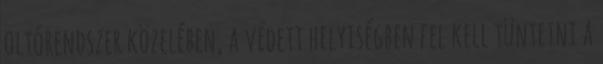
oltórendszer közelében, a védett helyiségben fel kell tüntetni a